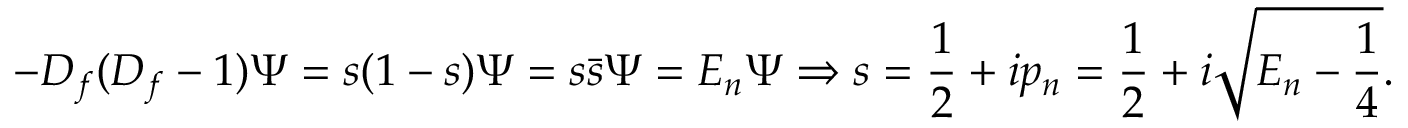
- { \cal D } _ { f } ( { \cal D } _ { f } - 1 ) \Psi = s ( 1 - s ) \Psi = s { \bar { s } } \Psi = E _ { n } \Psi \Rightarrow s = { \frac { 1 } { 2 } } + i p _ { n } = { \frac { 1 } { 2 } } + i \sqrt { E _ { n } - { \frac { 1 } { 4 } } } .